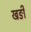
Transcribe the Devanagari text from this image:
खङी